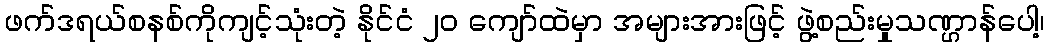
ဖက်ဒရယ်စနစ်ကိုကျင့်သုံးတဲ့ နိုင်ငံ ၂၀ ကျော်ထဲမှာ အများအားဖြင့် ဖွဲ့စည်းမှုသဏ္ဌာန်ပေါ့၊